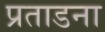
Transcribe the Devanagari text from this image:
प्रताडना